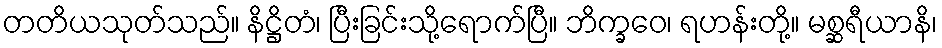
တတိယသုတ်သည်။ နိဋ္ဌိတံ၊ ပြီးခြင်းသို့ရောက်ပြီ။ ဘိက္ခဝေ၊ ရဟန်းတို့။ မစ္ဆရီယာနိ၊